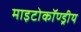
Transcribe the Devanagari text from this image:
माइटोकॉण्ड्रीय